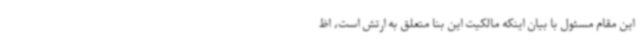
این مقام مسئول با بیان اینکه مالکیت این بنا متعلق به ارتش است، اظ